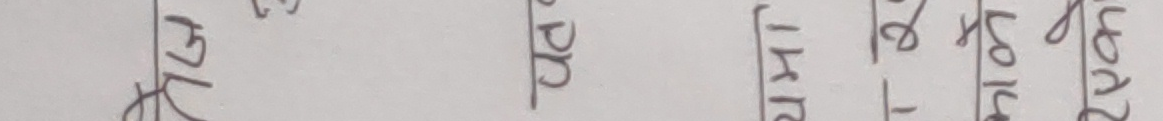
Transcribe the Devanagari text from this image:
उत्तर
पार्श्व
पूर्व
दक्षिण
पश्चिम